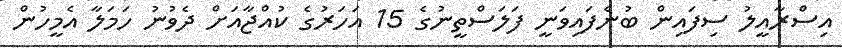
އިސްރާއީލު ސިފައިން ބުނެފައިވަނީ ފަލަސްތީނުގެ 15 އަހަރުގެ ކުއްޖާއަށް ދެވުނު ހަމަލާ އެމީހުން